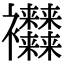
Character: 𧟜